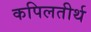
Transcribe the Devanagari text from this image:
कपिलतीर्थ